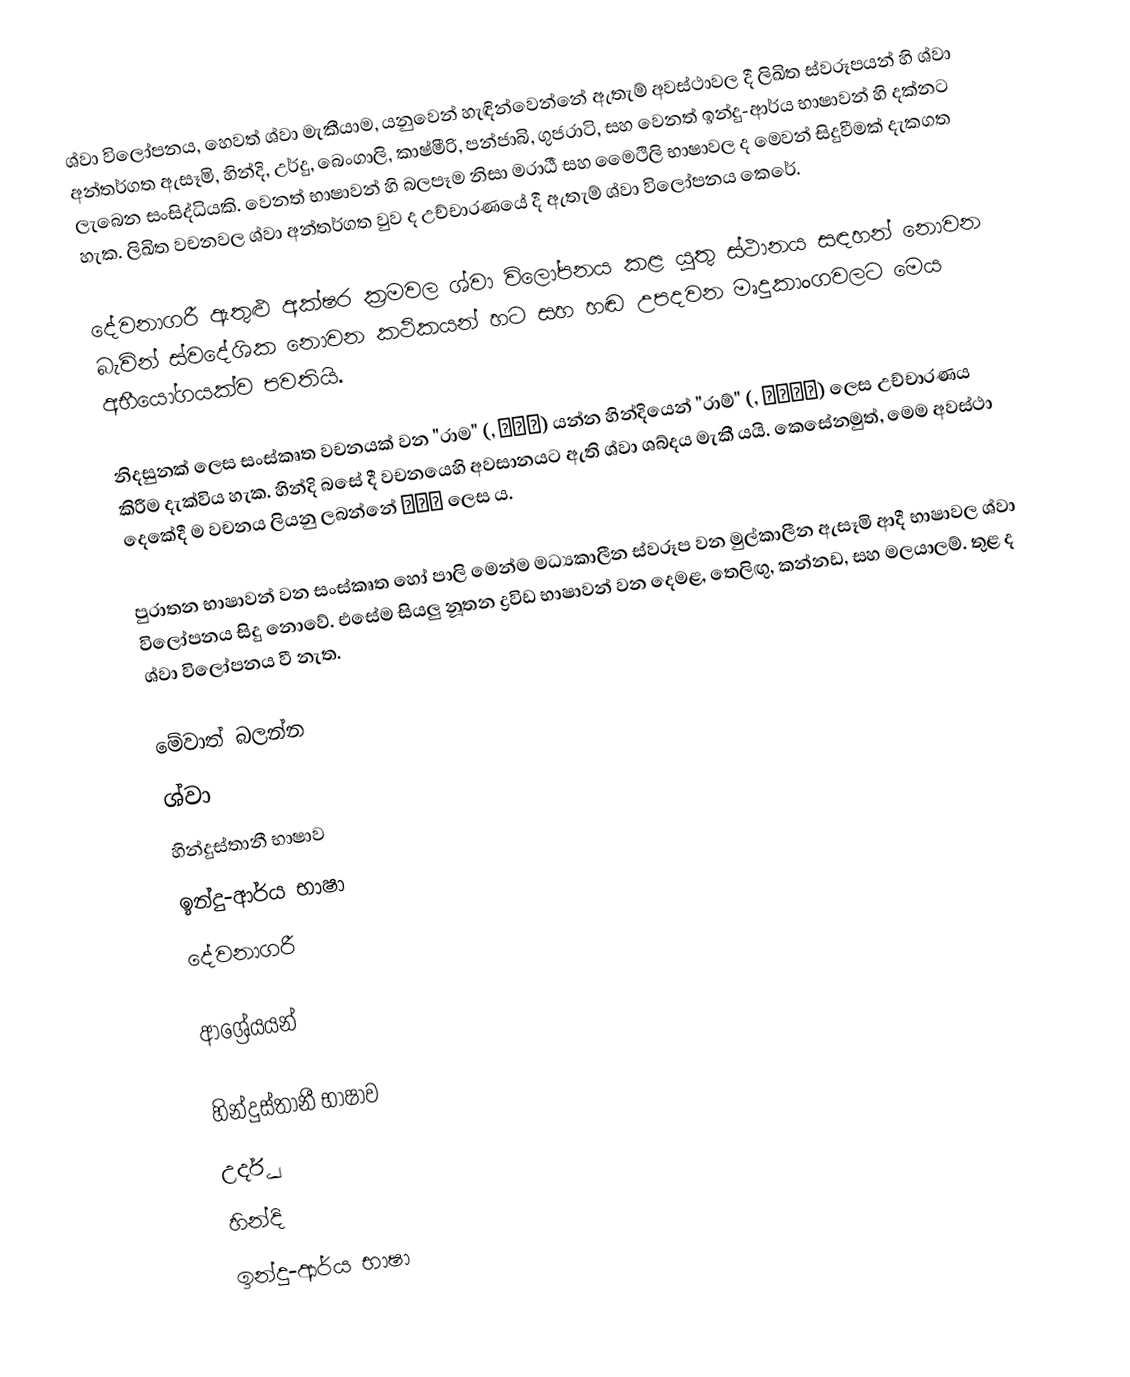
ශ්වා විලෝපනය, හෙවත් ශ්වා මැකීයාම, යනුවෙන් හැඳින්වෙන්නේ ඇතැම් අවස්ථාවල දී ලිඛිත ස්වරූපයන් හි ශ්වා අන්තර්ගත ඇසෑමි, හින්දි, උර්දු, බෙංගාලි, කාෂ්මීරි, පන්ජාබි, ගුජරාටි, සහ වෙනත් ඉන්දු-ආර්ය භාෂාවන් හි දක්නට ලැබෙන සංසිද්ධියකි. වෙනත් භාෂාවන් හි බලපෑම නිසා මරාඨී සහ මෛථිලි භාෂාවල ද මෙවන් සිදුවීමක් දැකගත හැක. ලිඛිත වචනවල ශ්වා අන්තර්ගත වුව ද උච්චාරණයේ දී ඇතැම් ශ්වා විලෝපනය කෙරේ.

දේවනාගරී ඇතුළු අක්ෂර ක්‍රමවල ශ්වා විලෝපනය කළ යුතු ස්ථානය සඳහන් නොවන බැවින් ස්වදේශික නොවන කථිකයන් හට සහ හඬ උපදවන මෘදුකාංගවලට මෙය අභීයෝගයක්ව පවතියි.

නිදසුනක් ලෙස සංස්කෘත වචනයක් වන "රාම" (, राम) යන්න හින්දියෙන් "රාම්" (, राम्) ලෙස උච්චාරණය කිරීම දැක්විය හැක. හින්දි බසේ දී වචනයෙහි අවසානයට ඇති ශ්වා ශබ්දය මැකී යයි. කෙසේනමුත්, මෙම අවස්ථා දෙකේදී ම වචනය ලියනු ලබන්නේ राम ලෙස ය.

පුරාතන භාෂාවන් වන සංස්කෘත හෝ පාලි මෙන්ම මධ්‍යකාලීන ස්වරූප වන මුල්කාලීන ඇසෑමි ආදී භාෂාවල ශ්වා විලෝපනය සිදු නොවේ. එසේම සියලු නූතන ද්‍රවිඩ භාෂාවන් වන දෙමළ, තෙලිඟු, කන්නඩ, සහ මලයාලම්. තුළ ද ශ්වා විලෝපනය වී නැත.

මේවාත් බලන්න
 ශ්වා
 හින්දුස්තානී භාෂාව
 ඉන්දු-ආර්ය භාෂා
 දේවනාගරී

ආශ්‍රේයයන්

හින්දුස්තානී භාෂාව
උර්දු
හින්දි
ඉන්දු-ආර්ය භාෂා